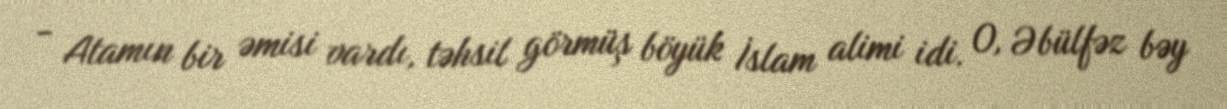
- Atamın bir əmisi vardı, təhsil görmüş böyük İslam alimi idi. O, Əbülfəz bəy